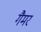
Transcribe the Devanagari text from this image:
गैमर